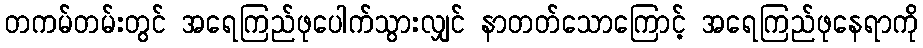
တကမ်တမ်းတွင် အရေကြည်ဖုပေါက်သွားလျှင် နာတတ်သောကြောင့် အရေကြည်ဖုနေရာကို